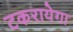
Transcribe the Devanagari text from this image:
टकरायेगा